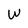
Character: W